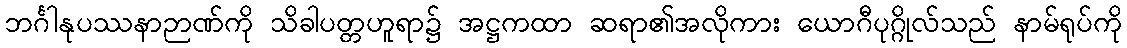
ဘင်္ဂါနုပဿနာဉာဏ်ကို သိခါပတ္တဟူရာ၌ အဋ္ဌကထာ ဆရာ၏အလိုကား ယောဂီပုဂ္ဂိုလ်သည် နာမ်ရုပ်ကို